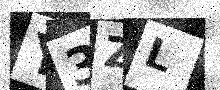
Text: Y3ZL